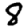
Digit: 8